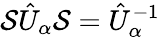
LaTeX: {\cal S}\hat{U}_{\alpha}{\cal S}=\hat{U}_{\alpha}^{-1}